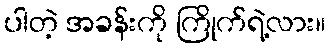
ပါတဲ့ အခန်းကို ကြိုက်ရဲ့လား။